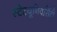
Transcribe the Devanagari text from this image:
स्टेटयूनिवर्सिटी